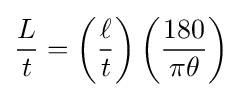
{\frac {L}{t}}=\left({\frac {\ell }{t}}\right)\left({\frac {180}{\pi \theta }}\right)